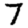
Digit: 7